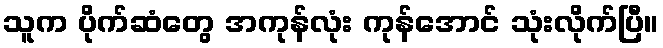
သူက ပိုက်ဆံတွေ အကုန်လုံး ကုန်အောင် သုံးလိုက်ပြီ။